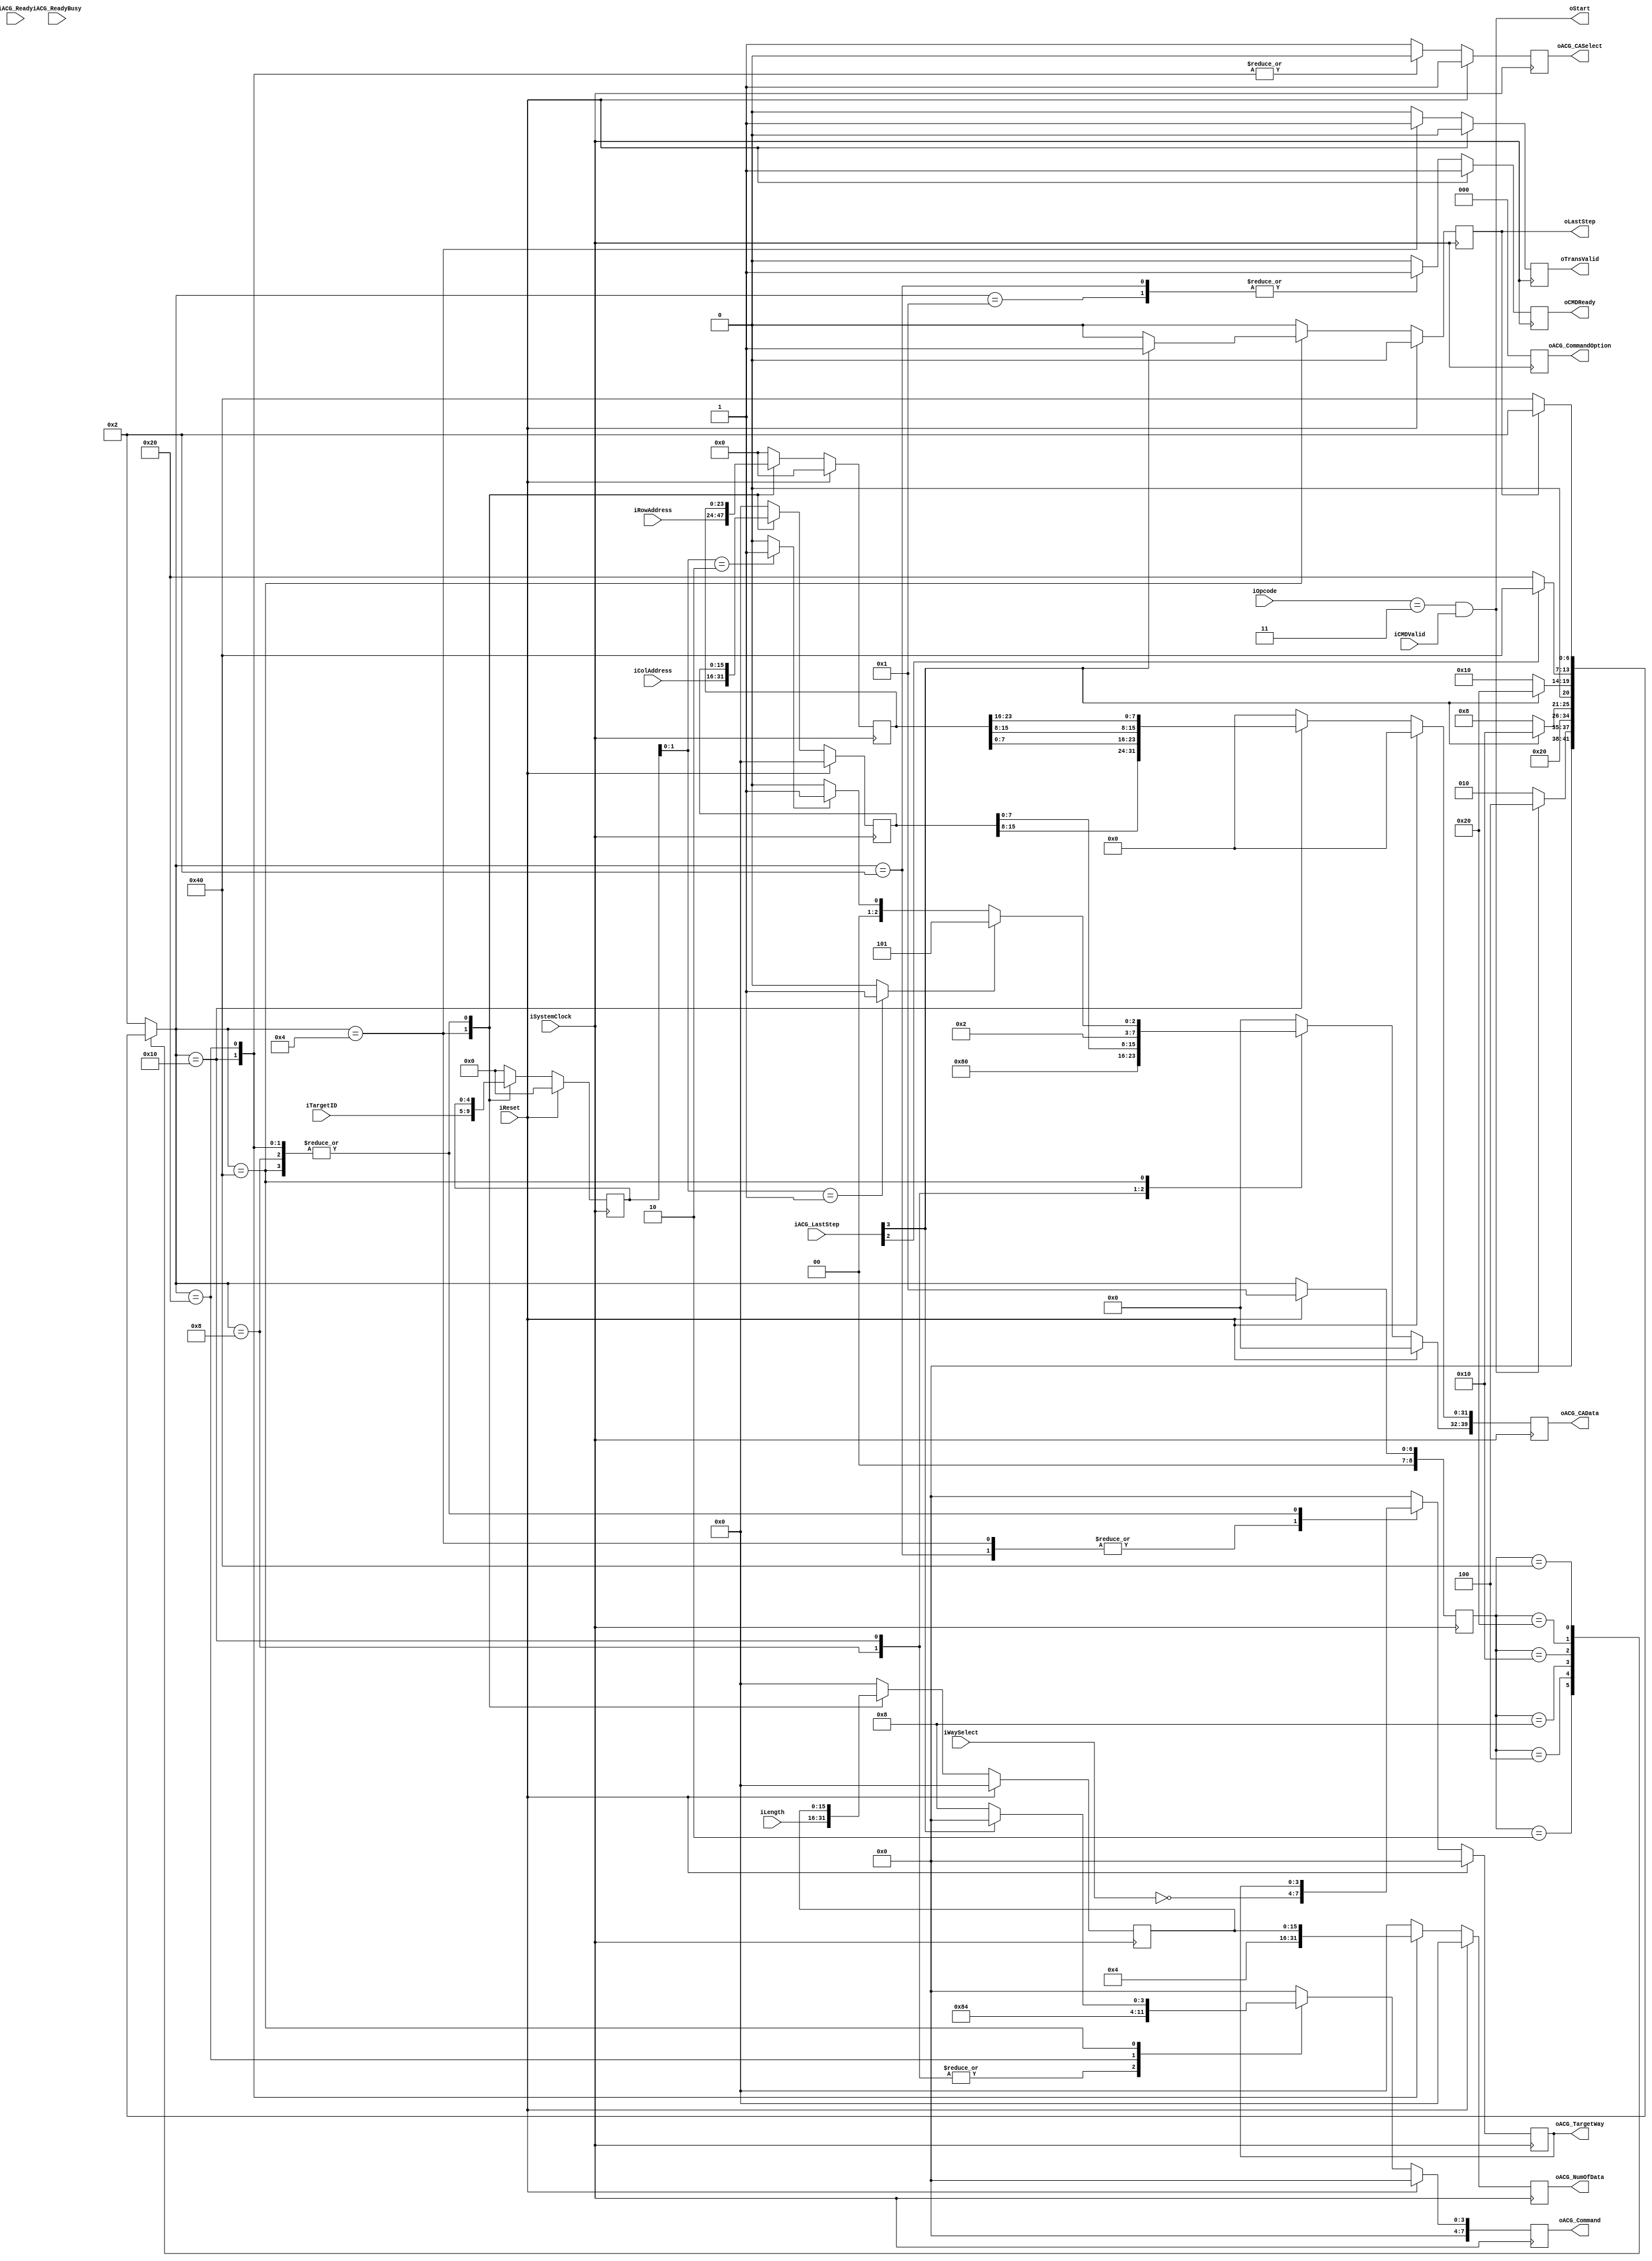
`timescale 1ns / 1ps

module NFC_Command_ProgramPage
#
(
    parameter NumberOfWays    =   4,
    parameter CommandID       =   6'b000011,
    parameter TargetID        =   5'b00101
)
(
    iSystemClock             ,  
    iReset                   ,  

    iOpcode                  ,  
    iTargetID                ,  
    // iSourceID                ,  
    // iAddress                 ,  
    iLength                  ,  
    iCMDValid                ,  
    oCMDReady                ,  
    iWaySelect               ,
    iColAddress              ,
    iRowAddress              ,

    oStart                   ,
    oLastStep                ,

    oTransValid               ,

    // iWriteData               ,  
    // iWriteLast               ,  
    // iWriteValid              ,  
    // oWriteReady              ,  

    // oReadData                ,  
    // oReadLast                ,  
    // oReadValid               ,  
    // iReadReady               , 

    // oReadyBusy               ,  

    oACG_Command          ,  
    oACG_CommandOption    ,  

    iACG_Ready            ,  
    iACG_LastStep         ,  
    oACG_TargetWay        ,  
    oACG_NumOfData        ,  

    oACG_CASelect         ,  
    oACG_CAData           ,  

    // oACG_WriteData        ,  
    // oACG_WriteLast        ,  
    // oACG_WriteValid       ,  
    // iACG_WriteReady       ,  

    // iACG_ReadData         ,  
    // iACG_ReadLast         ,  
    // iACG_ReadValid        ,  
    // oACG_ReadReady        ,  

    iACG_ReadyBusy        
);


    input                           iSystemClock         ;
    input                           iReset               ;
 
    input   [5:0]                   iOpcode              ;
    input   [4:0]                   iTargetID            ;
    // input   [4:0]                   iSourceID            ;
    // input   [31:0]                  iAddress             ;
    input   [15:0]                  iLength              ;
    input                           iCMDValid            ;
    output                          oCMDReady            ;

    input   [NumberOfWays - 1:0]    iWaySelect           ;
    input   [15:0]                  iColAddress          ;
    input   [23:0]                  iRowAddress          ;
    output                          oStart               ;
    output                          oLastStep            ;

    output                          oTransValid           ;
    // input   [15:0]                  iWriteData           ;
    // input                           iWriteLast           ;
    // input                           iWriteValid          ;
    // output                          oWriteReady          ;

    // output  [31:0]                  oReadData            ;
    // output                          oReadLast            ;
    // output                          oReadValid           ;
    // input                           iReadReady           ;

    // output  [NumberOfWays - 1:0]    oReadyBusy           ;


    output   [7:0]                   oACG_Command             ;
    output   [2:0]                   oACG_CommandOption       ;

    input    [7:0]                   iACG_Ready               ;
    input    [7:0]                   iACG_LastStep            ;
    output   [NumberOfWays - 1:0]    oACG_TargetWay           ;
    output   [15:0]                  oACG_NumOfData           ;

    output                           oACG_CASelect            ;
    output   [39:0]                  oACG_CAData              ;

    // output   [15:0]                  oACG_WriteData           ;
    // output                           oACG_WriteLast           ;
    // output                           oACG_WriteValid          ;
    // input                            iACG_WriteReady          ;
  
    // input    [15:0]                  iACG_ReadData            ;
    // input                            iACG_ReadLast            ;
    // input                            iACG_ReadValid           ;
    // output                           oACG_ReadReady           ;

    input    [NumberOfWays - 1:0]    iACG_ReadyBusy           ;

    reg   [4:0]                   rTargetID            ; //option
    // reg                           rStart             ;
    reg                           rLastStep          ;
    // reg   [31:0]                  rAddress             ;
    reg   [15:0]                  rLength              ;
    reg                           rCMDReady          ;  
    // reg  [NumberOfWays - 1:0]     rReadyBusy     

    reg   [15:0]                  rColAddress          ;
    reg   [23:0]                  rRowAddress          ;
    reg                           rTransValid           ;
    reg   [7:0]                   rACG_Command       ;      
    reg   [2:0]                   rACG_CommandOption ;      
    reg   [NumberOfWays - 1:0]    rACG_TargetWay     ;      
    reg   [15:0]                  rACG_NumOfData     ;      
    reg                           rACG_CASelect      ;      
    reg   [39:0]                  rACG_CAData        ;   

//    reg   [NumberOfWays - 1:0]    rACG_ReadyBusy     ;
//    reg                           rWay_ReadyBusy     ;

    // reg                           rWriteReady          ;

    wire                          wLastStep          ;

    wire     wProgCache;    
    wire wProgMultplane;
    // FSM Parameters/Wires/Regs
    localparam rST_FSM_BIT    = 9;
    localparam rST_RESET      = 9'b00000_0001;
    localparam rST_READY      = 9'b00000_0010; //
    localparam rST_CMDLatch   = 9'b00000_0100; // 
    localparam rST_CMDIssue   = 9'b00000_1000; // 
    localparam rST_ADDRIssue  = 9'b00001_0000; // 
    localparam rST_DATAIssue  = 9'b00010_0000; // 
    localparam rST_CMD2Issue  = 9'b00100_0000; // 
    localparam rST_WaitRBLow  = 9'b01000_0000; // 
    localparam rST_WaitRBHigh = 9'b10000_0000; // 

    reg     [rST_FSM_BIT-1:0]       rST_cur_state          ;
    reg     [rST_FSM_BIT-1:0]       rST_nxt_state          ;

    assign wStart    = (iOpcode[5:0] == CommandID) & iCMDValid;
    
    assign wProgCache     = (rTargetID[1:0] == 2'b01) ? 1 : 0;
    assign wProgMultplane = (rTargetID[1:0] == 2'b10) ? 1 : 0;

    assign wACGReady  = (iACG_Ready[6:0] == 7'b111_1111);
    
    // assign wACAReady = wACGReady;
    // assign wACAStart = wACAReady & rACG_Command[6];
    // assign wACADone  = iACG_LastStep[6];

    assign wACSReady = wACGReady;
    assign wACSStart = wACSReady & rACG_Command[3];
    assign wACSDone  = iACG_LastStep[3];

    // assign wDOAReady = wACGReady;
    // assign wDOAStart = wDOAReady & rACG_Command[5];
    // assign wDOADone  = iACG_LastStep[5];

    assign wDOSReady = wACGReady;
    assign wDOSStart = wDOSReady & rACG_Command[2];
    assign wDOSDone  = iACG_LastStep[2];

    // update current state to next state
    always @ (posedge iSystemClock) begin
        if (iReset) begin
            rST_cur_state <= rST_RESET;
        end else begin
            rST_cur_state <= rST_nxt_state;
        end
    end

    // deside next state
    always @ ( * ) begin
        case (rST_cur_state)
            rST_RESET: begin
                rST_nxt_state <= rST_READY;
            end
            rST_READY: begin
                rST_nxt_state <= (wStart)? rST_CMDLatch : rST_READY;
            end
            rST_CMDLatch: begin
                rST_nxt_state <= rST_CMDIssue;
            end
            rST_CMDIssue: begin
                rST_nxt_state <= (wACSDone) ? rST_ADDRIssue : rST_CMDIssue;
            end
            rST_ADDRIssue: begin
                rST_nxt_state <= (wACSDone) ? rST_DATAIssue : rST_ADDRIssue;
            end
            rST_DATAIssue: begin
                rST_nxt_state <= (wDOSDone) ? rST_CMD2Issue : rST_DATAIssue;
            end
            rST_CMD2Issue: begin
                rST_nxt_state <= (rLastStep == 1) ? rST_READY : rST_CMD2Issue;
            end
            // rST_WaitRBLow: begin
            //     rST_nxt_state <= (rWay_ReadyBusy == 0) ? rST_WaitRBHigh : rST_WaitRBLow; // wait for Valid
            // end
            // rST_WaitRBHigh: begin
            //     rST_nxt_state <= (rLastStep == 1) ? rST_READY : rST_WaitRBHigh; // wait for Valid
            // end
            default:
                rST_nxt_state <= rST_READY;
        endcase
    end

    // state behaviour
    always @ (posedge iSystemClock) begin
        if (iReset) begin
            rCMDReady          <= 1;
            rLastStep          <= 0;
            rLength            <= 16'd0;
            rTargetID          <= 5'd0;
            rColAddress        <= 0;
            rRowAddress        <= 0;
            rTransValid         <= 0;

            rACG_Command       <= 8'b0000_0000;
            rACG_CommandOption <= 3'b000;
            rACG_TargetWay     <= 8'h00;
            rACG_NumOfData     <= 16'h0000;
            rACG_CASelect      <= 1'b1;
            rACG_CAData        <= 40'h00_00_00_00_00;
        end else begin
            case (rST_nxt_state)
                rST_RESET: begin
                    rCMDReady          <= 1;
                    rLastStep          <= 0;
					rLength            <= 16'd0;
                    rTargetID          <= 5'd0;
                    rColAddress        <= 0;
                    rRowAddress        <= 0;
                    rTransValid         <= 0;

                    rACG_Command       <= 8'b0000_0000;
                    rACG_CommandOption <= 3'b000;
                    rACG_TargetWay     <= 8'h00;
                    rACG_NumOfData     <= 16'h0000;
                    rACG_CASelect      <= 1'b1;
                    rACG_CAData        <= 40'h00_00_00_00_00;
                end
                rST_READY: begin
                    rCMDReady          <= 1;
                    rLastStep          <= 0;
					rLength            <= 16'd0;
                    rTargetID          <= 5'd0;
                    rColAddress        <= 0;
                    rRowAddress        <= 0;
                    rTransValid         <= 0;

                    rACG_Command       <= 8'b0000_0000;
                    rACG_CommandOption <= 3'b000;
                    rACG_TargetWay     <= ~iWaySelect;
                    rACG_NumOfData     <= 16'h0000;
                    rACG_CASelect      <= 1'b1;
                    rACG_CAData        <= 40'h00_00_00_00_00;
                end
                rST_CMDLatch: begin
                    rCMDReady          <= 0;
                    rLastStep          <= 0;
                    rLength            <= iLength  ;
                    rTargetID          <= iTargetID;
                    rColAddress        <= iColAddress;
                    rRowAddress        <= iRowAddress;
                    rTransValid         <= 1;

                    rACG_Command       <= 8'b0000_0000;
                    rACG_CommandOption <= 3'b000;
                    rACG_TargetWay     <= ~iWaySelect;
                    rACG_NumOfData     <= 16'h0000;
                    rACG_CASelect      <= 1'b1;
                    rACG_CAData        <= 40'h00_00_00_00_00;
                end
                rST_CMDIssue: begin
                    rCMDReady          <= 0;
                    rLastStep          <= 0;
					rLength            <= rLength  ;
                    rTargetID          <= rTargetID;
                    rColAddress        <= rColAddress;
                    rRowAddress        <= rRowAddress;
                    rTransValid         <= 0;

                    rACG_Command       <= 8'b0000_1000;
                    rACG_CommandOption <= 3'b000;
                    rACG_TargetWay     <= rACG_TargetWay;
                    rACG_NumOfData     <= 16'h0000;
                    rACG_CASelect      <= 1'b1;
                    rACG_CAData        <= 40'h80_00_00_00_00; // RESET FFh
                end
                rST_ADDRIssue: begin
                    rCMDReady          <= 0;
                    rLastStep          <= 0;
					rLength            <= rLength ;
                    rTargetID          <= rTargetID;
                    rColAddress        <= rColAddress;
                    rRowAddress        <= rRowAddress;
                    rTransValid         <= 0;

                    rACG_Command       <= 8'b0000_1000;
                    rACG_CommandOption <= 3'b000;
                    rACG_TargetWay     <= rACG_TargetWay;
                    rACG_NumOfData     <= 16'h0004;
                    rACG_CASelect      <= 1'b0;
                    rACG_CAData        <= {rColAddress[7:0],rColAddress[15:8], rRowAddress[7:0],rRowAddress[15:8],rRowAddress[23:16]}; 
                end

                rST_DATAIssue: begin
                    rCMDReady          <= 0;
                    rLastStep          <= 0;
					rLength            <= rLength ;
                    rTargetID          <= rTargetID;
                    rColAddress        <= rColAddress;
                    rRowAddress        <= rRowAddress;
                    rTransValid         <= 0;

                    rACG_Command       <= 8'b0000_0100;
                    rACG_CommandOption <= 3'b000;
                    rACG_TargetWay     <= rACG_TargetWay;
                    rACG_NumOfData     <= rLength;
                    rACG_CASelect      <= 1'b0;
                    rACG_CAData        <= 40'h00_00_00_00_00; // RESET FFh
                end
                rST_CMD2Issue: begin
                    rCMDReady          <= 0;
                    rLastStep          <= wACSDone ? 1 :0 ;
					rLength            <= rLength ;
                    rTargetID          <= rTargetID;
                    rColAddress        <= rColAddress;
                    rRowAddress        <= rRowAddress;
                    rTransValid         <= 0;

                    rACG_Command       <= wACSDone ? 8'b0000_0000: 8'b0000_1000;
                    rACG_CommandOption <= 3'b000;
                    rACG_TargetWay     <= rACG_TargetWay;
                    rACG_NumOfData     <= 16'h0000;
                    rACG_CASelect      <= 1'b1;
                    rACG_CAData[39:32] <= (wProgCache) ? 8'h15: ((wProgMultplane) ? 8'h11 : 8'h10); // RESET FFh
                    rACG_CAData[31:0]  <= 0;
                end
                // rST_WaitRBLow : begin
                //     rCMDReady          <= 0;
                //     rLastStep          <= 0;

                //     rACG_Command       <= 8'b0000_0000;
                //     rACG_CommandOption <= 3'b000;
                //     rACG_TargetWay     <= rACG_TargetWay;
                //     rACG_NumOfData     <= 16'h0000;
                //     rACG_CASelect      <= 1'b1;
                //     rACG_CAData        <= 40'h00_00_00_00_00;
                // end
                // rST_WaitRBHigh : begin
                //     rCMDReady          <= 0;
                //     rLastStep          <= rWay_ReadyBusy ? 1 : 0;

                //     rACG_Command       <= 8'b0000_0000;
                //     rACG_CommandOption <= 3'b000;
                //     rACG_TargetWay     <= rACG_TargetWay;
                //     rACG_NumOfData     <= 16'h0000;
                //     rACG_CASelect      <= 1'b1;
                //     rACG_CAData        <= 40'h00_00_00_00_00;
                // end
                default: begin
                    rCMDReady          <= 0;
                    rLastStep          <= 0;
                    rLength            <= 0;
                    rTargetID          <= 0;
                    rColAddress        <= 0;
                    rRowAddress        <= 0;
                    rTransValid         <= 0;

                    rACG_Command       <= 8'b0000_0000;
                    rACG_CommandOption <= 3'b000;
                    rACG_TargetWay     <= 8'h00;
                    rACG_NumOfData     <= 16'h0000;
                    rACG_CASelect      <= 1'b1;
                    rACG_CAData        <= 40'h00_00_00_00_00;
                end
            endcase
        end
    end

//    always @ (posedge iSystemClock) begin
//        rACG_ReadyBusy <= (~rACG_TargetWay) & iACG_ReadyBusy;
//        rWay_ReadyBusy <= | rACG_ReadyBusy;
//    end

    assign oStart             = wStart             ;
    assign oLastStep          = rLastStep          ;

    assign oTransValid         = rTransValid         ;
    assign oCMDReady          = rCMDReady          ;
    assign oACG_Command       = rACG_Command       ;
    assign oACG_CommandOption = rACG_CommandOption ;
    assign oACG_TargetWay     = rACG_TargetWay     ;
    assign oACG_NumOfData     = rACG_NumOfData     ;
    assign oACG_CASelect      = rACG_CASelect      ;
    assign oACG_CAData        = rACG_CAData        ;

endmodule